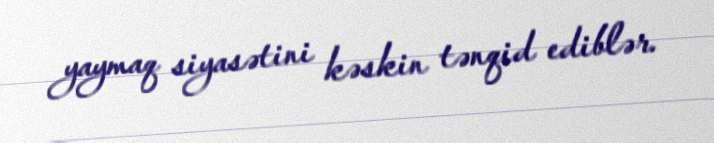
yaymaq siyasətini kəskin tənqid ediblər.